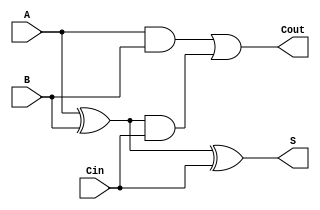
module tree_structured_full_adder (
    input wire A,     // First binary input
    input wire B,     // Second binary input
    input wire Cin,   // Carry input from the previous less significant bit
    output wire S,    // Sum output
    output wire Cout   // Carry output to the next more significant bit
);

// Intermediate signals
wire Sum1;         // Intermediate sum
wire Carry1;       // Carry from A and B
wire Carry2;       // Carry from Sum1 and Cin

// First Level of Logic
assign Sum1 = A ^ B;            // Sum1 = A XOR B
assign Carry1 = A & B;          // Carry1 = A AND B

// Second Level of Logic
assign S = Sum1 ^ Cin;          // Final Sum S = Sum1 XOR Cin
assign Carry2 = Sum1 & Cin;     // Carry2 = Sum1 AND Cin

// Final Level of Logic
assign Cout = Carry1 | Carry2;  // Final Carry Cout = Carry1 OR Carry2

endmodule